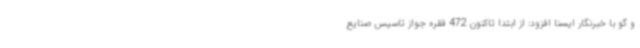
و گو با خبرنگار ایسنا افزود: از ابتدا تاکنون 472 فقره جواز تاسیس صنایع